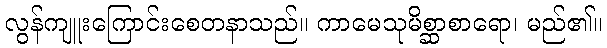
လွန်ကျူးကြောင်းစေတနာသည်။ ကာမေသုမိစ္ဆာစာရော၊ မည်၏။